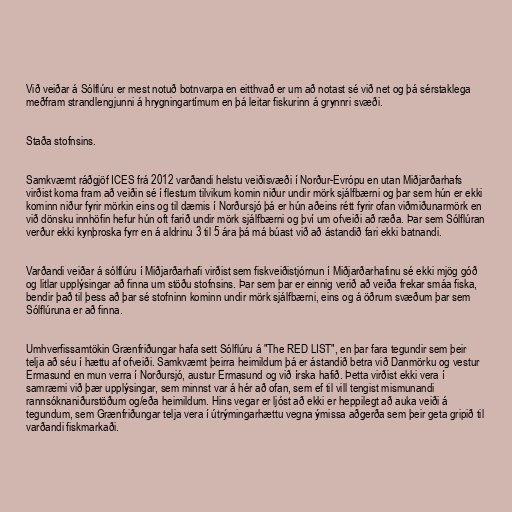
Við veiðar á Sólflúru er mest notuð botnvarpa en eitthvað er um að notast sé við net og þá sérstaklega
meðfram strandlengjunni á hrygningartímum en þá leitar fiskurinn á grynnri svæði.

Staða stofnsins.

Samkvæmt ráðgjöf ICES frá 2012 varðandi helstu veiðisvæði í Norður-Evrópu en utan Miðjarðarhafs
virðist koma fram að veiðin sé í flestum tilvikum komin niður undir mörk sjálfbærni og þar sem hún er ekki
kominn niður fyrir mörkin eins og til dæmis í Norðursjó þá er hún aðeins rétt fyrir ofan viðmiðunarmörk en
við dönsku innhöfin hefur hún oft farið undir mörk sjálfbærni og því um ofveiði að ræða. Þar sem Sólflúran
verður ekki kynþroska fyrr en á aldrinu 3 til 5 ára þá má búast við að ástandið fari ekki batnandi.

Varðandi veiðar á sólflúru í Miðjarðarhafi virðist sem fiskveiðistjórnun í Miðjarðarhafinu sé ekki mjög góð
og litlar upplýsingar að finna um stöðu stofnsins. Þar sem þar er einnig verið að veiða frekar smáa fiska,
bendir það til þess að þar sé stofninn kominn undir mörk sjálfbærni, eins og á öðrum svæðum þar sem
Sólflúruna er að finna.

Umhverfissamtökin Grænfriðungar hafa sett Sólflúru á "The RED LIST", en þar fara tegundir sem þeir
telja að séu í hættu af ofveiði. Samkvæmt þeirra heimildum þá er ástandið betra við Danmörku og vestur
Ermasund en mun verra í Norðursjó, austur Ermasund og við írska hafið. Þetta virðist ekki vera í
samræmi við þær upplýsingar, sem minnst var á hér að ofan, sem ef til vill tengist mismunandi
rannsóknaniðurstöðum og/eða heimildum. Hins vegar er ljóst að ekki er heppilegt að auka veiði á
tegundum, sem Grænfriðungar telja vera í útrýmingarhættu vegna ýmissa aðgerða sem þeir geta gripið til
varðandi fiskmarkaði.